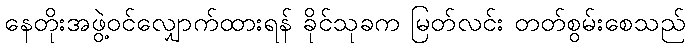
နေတိုးအဖွဲ့ဝင်လျှောက်ထားရန် ခိုင်သုခက မြတ်လင်း တတ်စွမ်းစေသည်